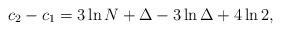
LaTeX: \begin{align*}c_2 - c_1 = 3\ln N + \Delta - 3\ln\Delta + 4\ln 2,\end{align*}